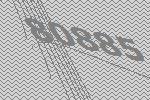
80885